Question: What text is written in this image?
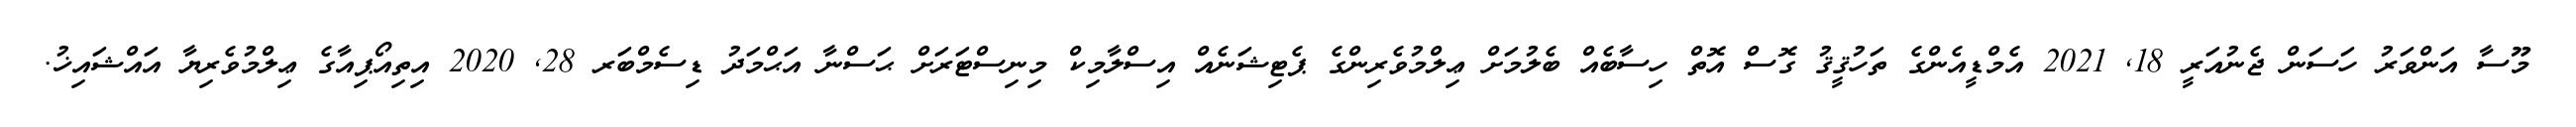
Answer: މޫސާ އަންވަރު ހަސަން ޖެނުއަރީ 18, 2021 އެމްޑީއެންގެ ތަހުޤީޤު ގޮސް އޮތް ހިސާބެއް ބެލުމަށް ޢިލްމުވެރިންގެ ޕެޓިޝަނެއް އިސްލާމިކް މިނިސްޓަރަށް ޙަސްނާ އަޙްމަދު ޑިސެމްބަރ 28, 2020 އިތިއޯޕިއާގެ ޢިލްމުވެރިޔާ އައްޝައިޚު.